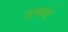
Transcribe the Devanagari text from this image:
उरुग्‍वे